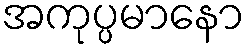
အကုပ္ပမာနော